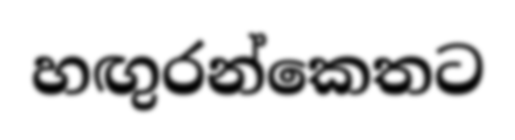
හඟුරන්කෙතට